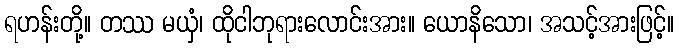
ရဟန်းတို့။ တဿ မယှံ၊ ထိုငါဘုရားလောင်းအား။ ယောနိသော၊ အသင့်အားဖြင့်။